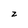
Character: 2